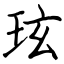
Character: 玹